Lunatic asylums in Bengal annual reports 1912-1924 - 1912-1924
Year: 1912
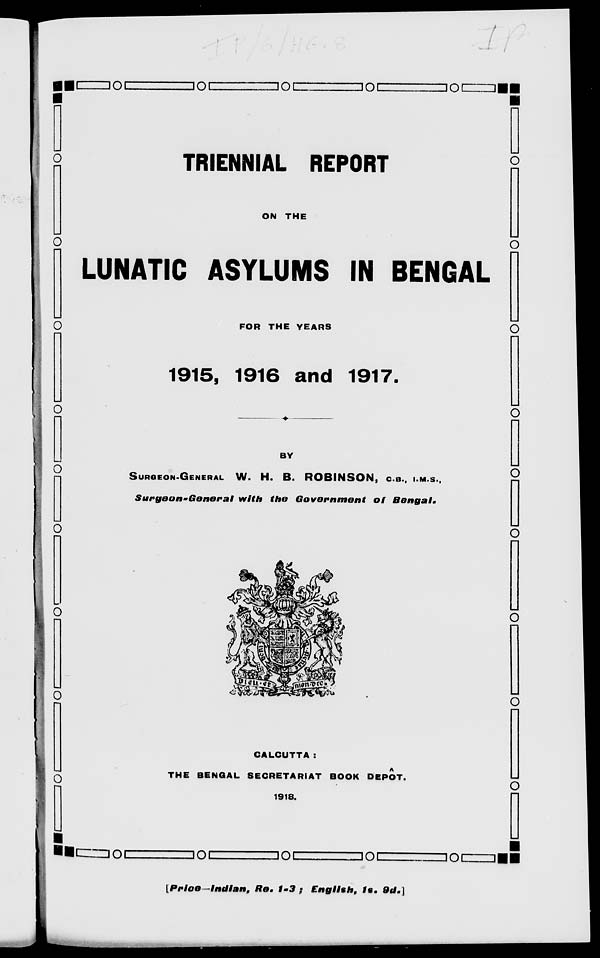
TRIENNIAL REPORT
ON THE
LUNATIC ASYLUMS IN BENGAL
FOR THE YEARS
1915, 1916 and 1917.
BY
SURGEON-GENERAL W. H. B. ROBINSON, C.B., I.M.S.,
Surgeon-General
with the Government
of
Bengal.
CALCUTTA :
THE BENGAL SECRETARIAT BOOK DEPÔT.
1918.
[Price—Indian,
Re. 1-3 ; English, 1s. 9d.]